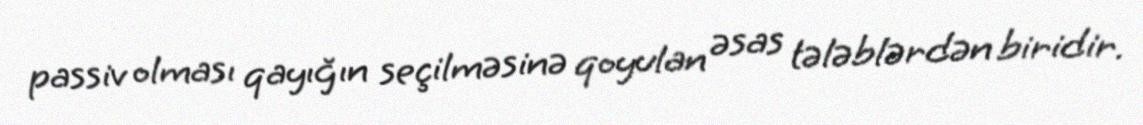
passiv olması qayığın seçilməsinə qoyulan əsas tələblərdən biridir.